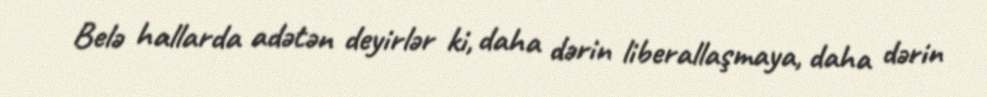
Belə hallarda adətən deyirlər ki, daha dərin liberallaşmaya, daha dərin